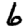
Digit: 6